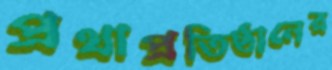
প্রথাপ্রতিষ্ঠানের